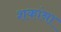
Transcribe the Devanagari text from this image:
शकांना